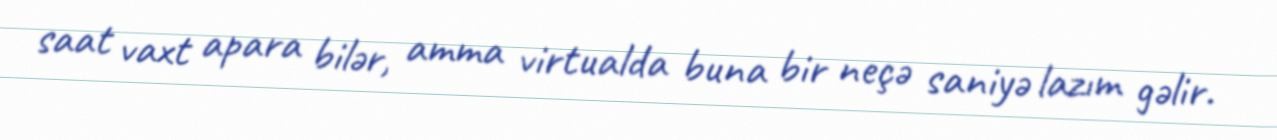
saat vaxt apara bilər, amma virtualda buna bir neçə saniyə lazım gəlir.